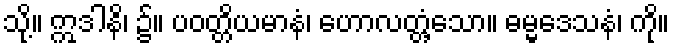
သို့။ ဣဒါနိ၊ ၌။ ပဝတ္တိယမာနံ၊ ဟောလတ္တံ့သော။ ဓမ္မဒေသနံ၊ ကို။